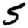
Digit: 5